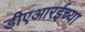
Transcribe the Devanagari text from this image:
डीएआरईच्या